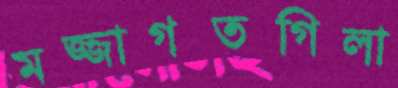
মজ্জাগতগিলা